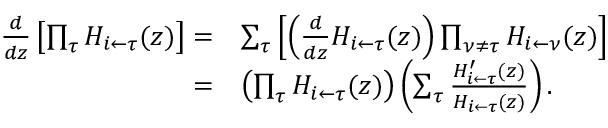
\begin{array} { r l } { \frac { d } { d z } \left[ \prod _ { \tau } H _ { i \leftarrow \tau } ( z ) \right] = } & { \sum _ { \tau } \left[ \left( \frac { d } { d z } H _ { i \leftarrow \tau } ( z ) \right) \prod _ { \nu \neq \tau } H _ { i \leftarrow \nu } ( z ) \right] } \\ { = } & { \left( \prod _ { \tau } H _ { i \leftarrow \tau } ( z ) \right) \left( \sum _ { \tau } \frac { H _ { i \leftarrow \tau } ^ { \prime } ( z ) } { H _ { i \leftarrow \tau } ( z ) } \right) . } \end{array}